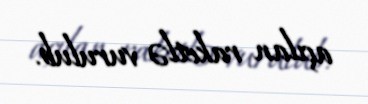
açılan raketlə vurulub.